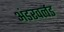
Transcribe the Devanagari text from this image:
अंडरवर्लड